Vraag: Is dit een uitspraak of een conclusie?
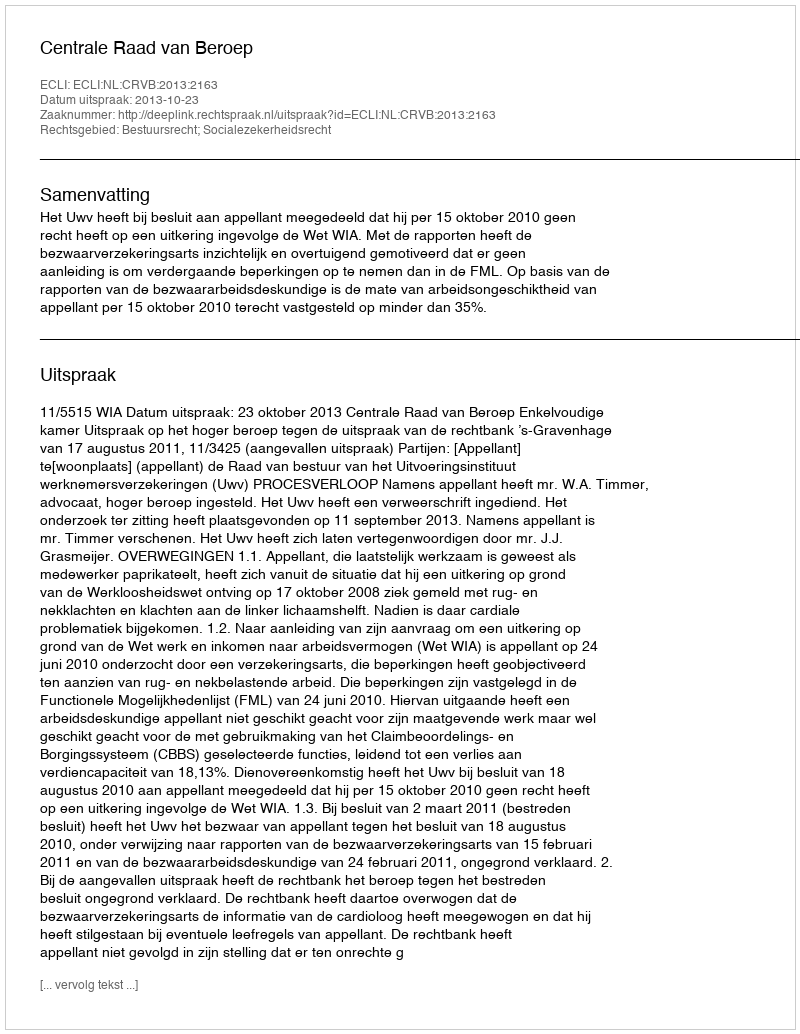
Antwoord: Uitspraak